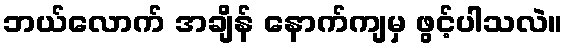
ဘယ်လောက် အချိန် နောက်ကျမှ ဖွင့်ပါသလဲ။